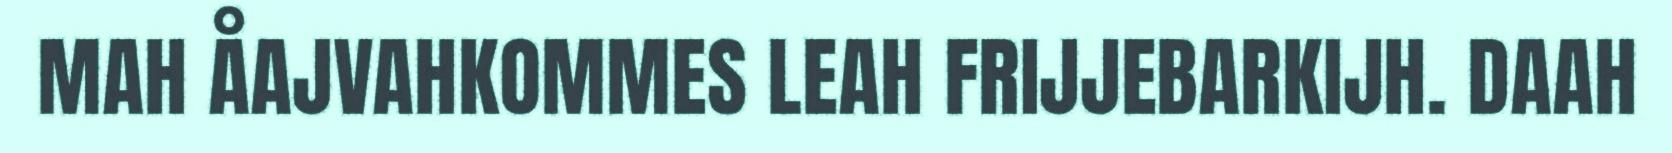
MAH ÅAJVAHKOMMES LEAH FRIJJEBARKIJH. DAAH